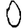
Digit: 0